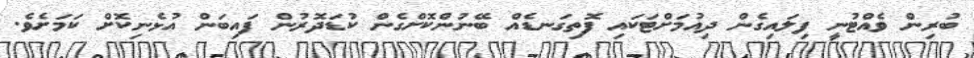
ބުރިން ވެއްޓުނީ ފިލައިގެން ދިއުމަށްޓަކައި ފޮތިގަނޑެއް ބޭނުންކޮށްގެން ކުޑަދޮރުން ފައިބަން އުޅެނިކޮށް ކަމަށެވެ.